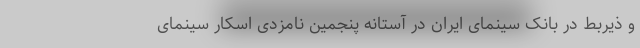
و ذیربط در بانک سینمای ایران در آستانه پنجمین نامزدی اسکار سینمای